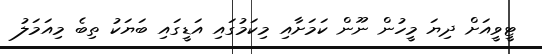
ޓީވީއަށް ދިޔަ މީހުން ނޫން ކަމަށާއި މިކަމުގައި އަޑީގައި ބަޔަކު ތިބެ މިއަމަލު